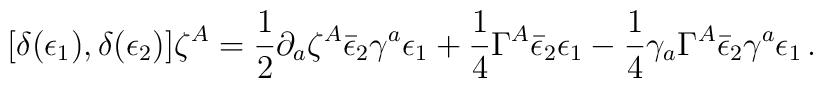
[\delta ( \epsilon_1),\delta ( \epsilon_2)] \zeta^A =\frac 12\partial_a\zeta^A \bar{\epsilon}_2 \gamma^a \epsilon_1 + \frac 14 \Gamma ^A\bar{\epsilon}_2 \epsilon_1 -\frac 14 \gamma_a \Gamma ^A \bar{\epsilon}_2\gamma^a \epsilon_1 \,.